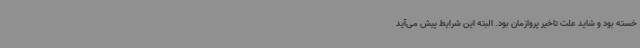
خسته بود و شاید علت تاخیر پروازمان بود. البته این شرایط پیش می‌آید